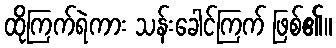
ထိုကြက်ရဲကား သန်းခေါင်ကြက် ဖြစ်၏။